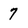
Character: 7